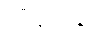
သီချင်းနှင့်